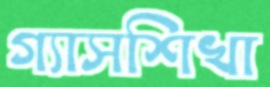
গ্যাসশিখা